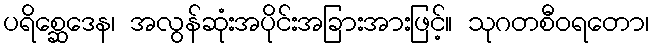
ပရိစ္ဆေဒေန၊ အလွန်ဆုံးအပိုင်းအခြားအားဖြင့်။ သုဂတစီဝရတော၊